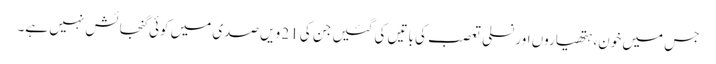
جس میں خون، ہتھیاروں اور نسلی تعصب کی باتیں کی گئیں جن کی 21 ویں صدی میں کوئی گنجائش نہیں ہے۔